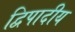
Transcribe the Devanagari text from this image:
द्विपादीय